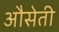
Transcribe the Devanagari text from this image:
औसेती